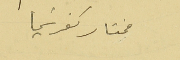
مختار كفرشيما